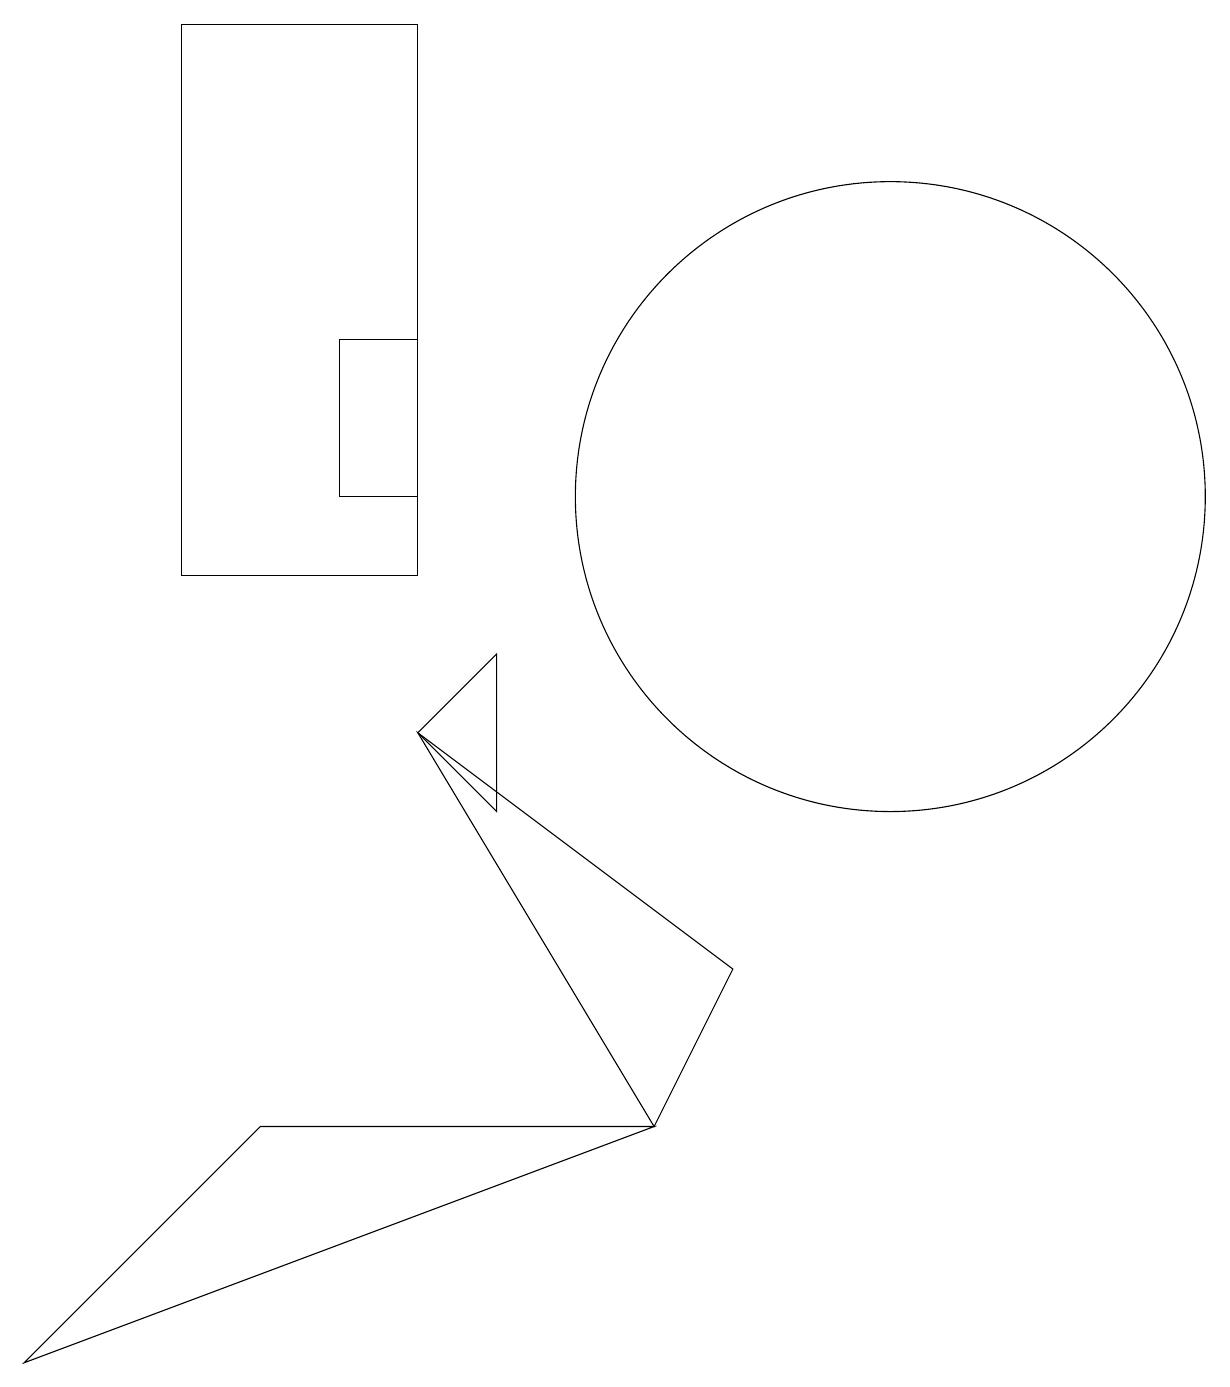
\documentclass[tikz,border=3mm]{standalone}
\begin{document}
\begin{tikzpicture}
\draw (2,10) rectangle (5,17);
\draw (5,11) rectangle (4,13);
\draw (5,8) -- (8,3) -- (9,5) -- cycle;
\draw (6,7) -- (5,8) -- (6,9) -- cycle;
\draw (8,3) -- (3,3) -- (0,0) -- cycle;
\draw (11,11) circle (4);
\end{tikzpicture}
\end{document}